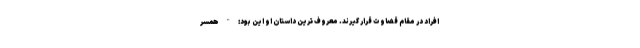
افراد در مقام قضاوت قرار گیرند. معروف ترین داستان او این بود: " همسر